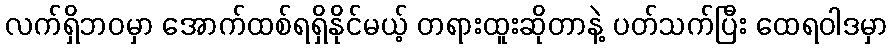
လက်ရှိဘဝမှာ အောက်ထစ်ရရှိနိုင်မယ့် တရားထူးဆိုတာနဲ့ ပတ်သက်ပြီး ထေရဝါဒမှာ